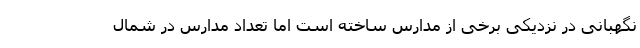
نگهبانی در نزدیکی برخی از مدارس ساخته است اما تعداد مدارس در شمال